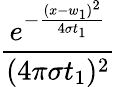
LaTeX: \frac{e^{-\frac{(x-w_{1})^{2}}{4\sigma t_{1}}}}{(4\pi\sigma t_{1})^{2}}